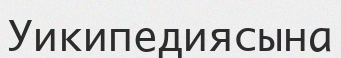
Уикипедиясына